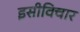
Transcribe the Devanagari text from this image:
इसीविचार